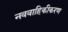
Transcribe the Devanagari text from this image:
नववाहिकीकरण